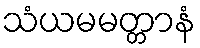
သံယမမတ္တာနံ